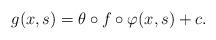
LaTeX: \begin{align*}g(x,s)=\theta \circ f\circ \varphi (x,s)+c. \end{align*}